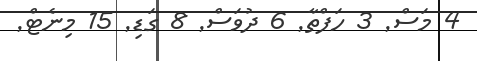
4 މަސް